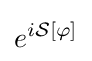
e^{i{\mathcal {S}}[\varphi ]}